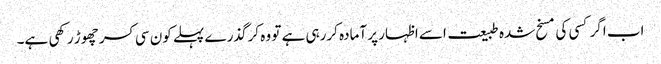
اب اگر کسی کی مسخ شدہ طبیعت اسے اظہار پر آمادہ کررہی ہے تو وہ کرگذرے پہلے کون سی کسر چھوڑ رکھی ہے۔